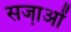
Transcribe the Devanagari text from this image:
सजा़ओं